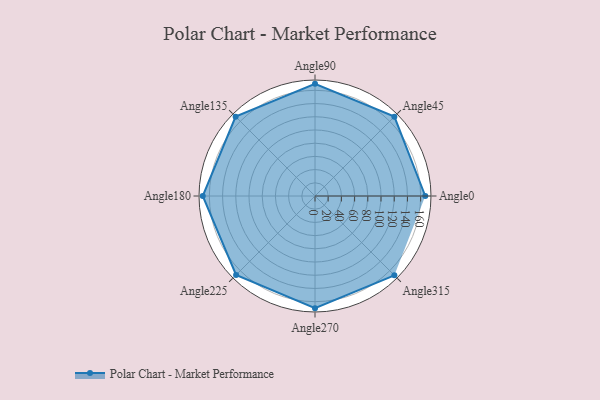
{"axis": {"x": "Angle", "y": "Radius"}, "legend": [""], "data": [{"x": "Angle0", "y": 167.0, "type": ""}, {"x": "Angle45", "y": 170, "type": ""}, {"x": "Angle90", "y": 170, "type": ""}, {"x": "Angle135", "y": 170, "type": ""}, {"x": "Angle180", "y": 170, "type": ""}, {"x": "Angle225", "y": 169.0, "type": ""}, {"x": "Angle270", "y": 170, "type": ""}, {"x": "Angle315", "y": 170, "type": ""}]}